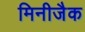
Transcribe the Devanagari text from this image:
मिनीजैक